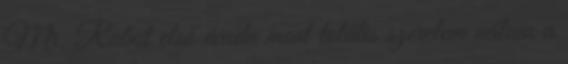
Mr. Robot első évada most totális szerelem nálam a